Vaccination in the Punjab 1897-1904 - 1897-1904
Year: 1897
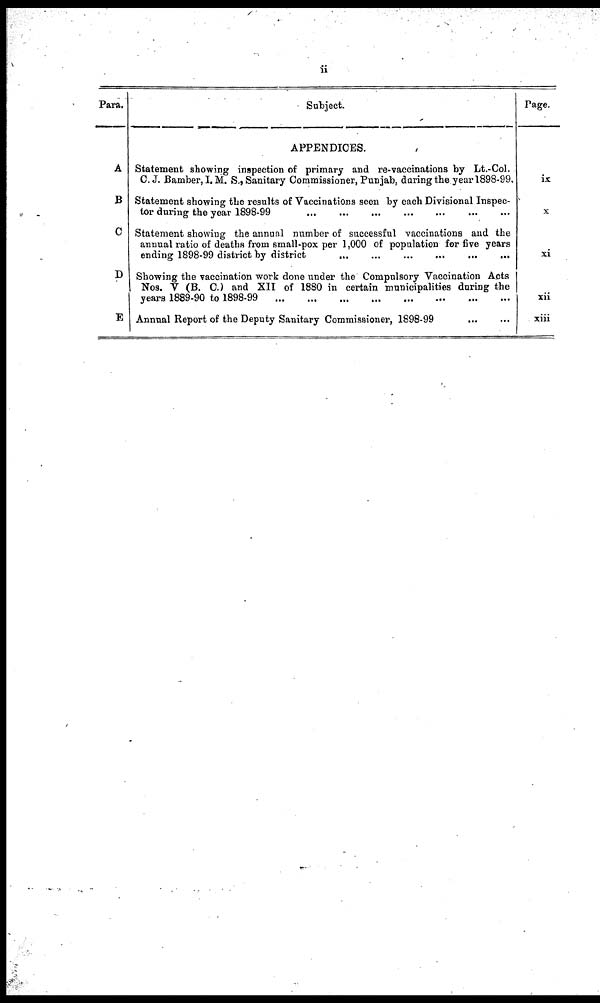
ii
Para.
A
B
C
D
E
Subject.
APPENDICES.
Statement showing inspection of primary and re-vaccinations by Lt.-Col.
C. J. Bamber, I. M. S., Sanitary Commissioner, Punjab, daring the year 1898-99.
Statement showing the results of Vaccinations seen by each Divisional Inspec-
tor during the year 1898-99
...
...
...
...
...
...
...
Statement showing the annual number of successful vaccinations and the
annual ratio of deaths from small-pox per 1,000 of population for five years
ending 1898-99 district by district
...
...
...
...
...
...
Showing the vaccination work done under the Compulsory Vaccination Acts
Nos. V (B. C.) and XII of 1880 in certain municipalities during the
years 1889-90 to 1898-99
...
...
...
...
...
...
...
...
Annual Report of the Deputy Sanitary Commissioner, 1898-99
...
...
Page.
ix
X
xi
xii
xiii